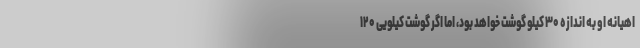
اهیانه او به اندازه ۳۰ کیلو گوشت خواهد بود، اما اگر گوشت کیلویی ۱۲۰